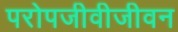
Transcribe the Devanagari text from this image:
परोपजीवीजीवन